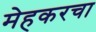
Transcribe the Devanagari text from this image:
मेहकरचा